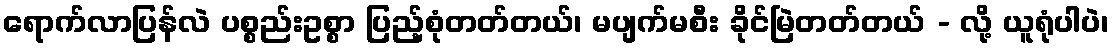
ရောက်လာပြန်လဲ ပစ္စည်းဥစ္စာ ပြည့်စုံတတ်တယ်၊ မပျက်မစီး ခိုင်မြဲတတ်တယ် - လို့ ယူရုံပါပဲ၊